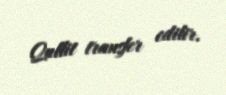
Qullit transfer edilir.